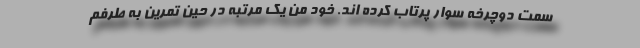
سمت دوچرخه سوار پرتاب کرده اند. خود من یک مرتبه در حین تمرین به طرفم